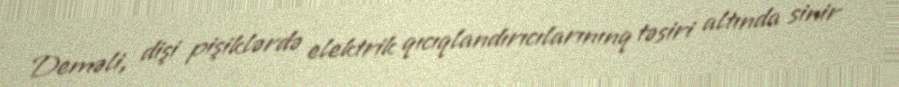
Deməli, dişi pişiklərdə elektrik qıcıqlandırıcılarınınq təsiri altında sinir